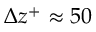
\Delta z ^ { + } \approx 5 0